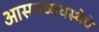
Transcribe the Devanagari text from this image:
आसनव्यवस्थेचे